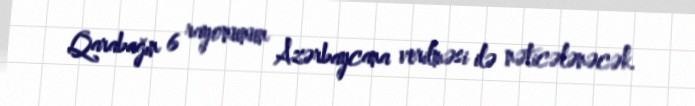
Qarabağın 6 rayonunun Azərbaycana verilməsi ilə nəticələnəcək.